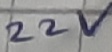
Text: 22V